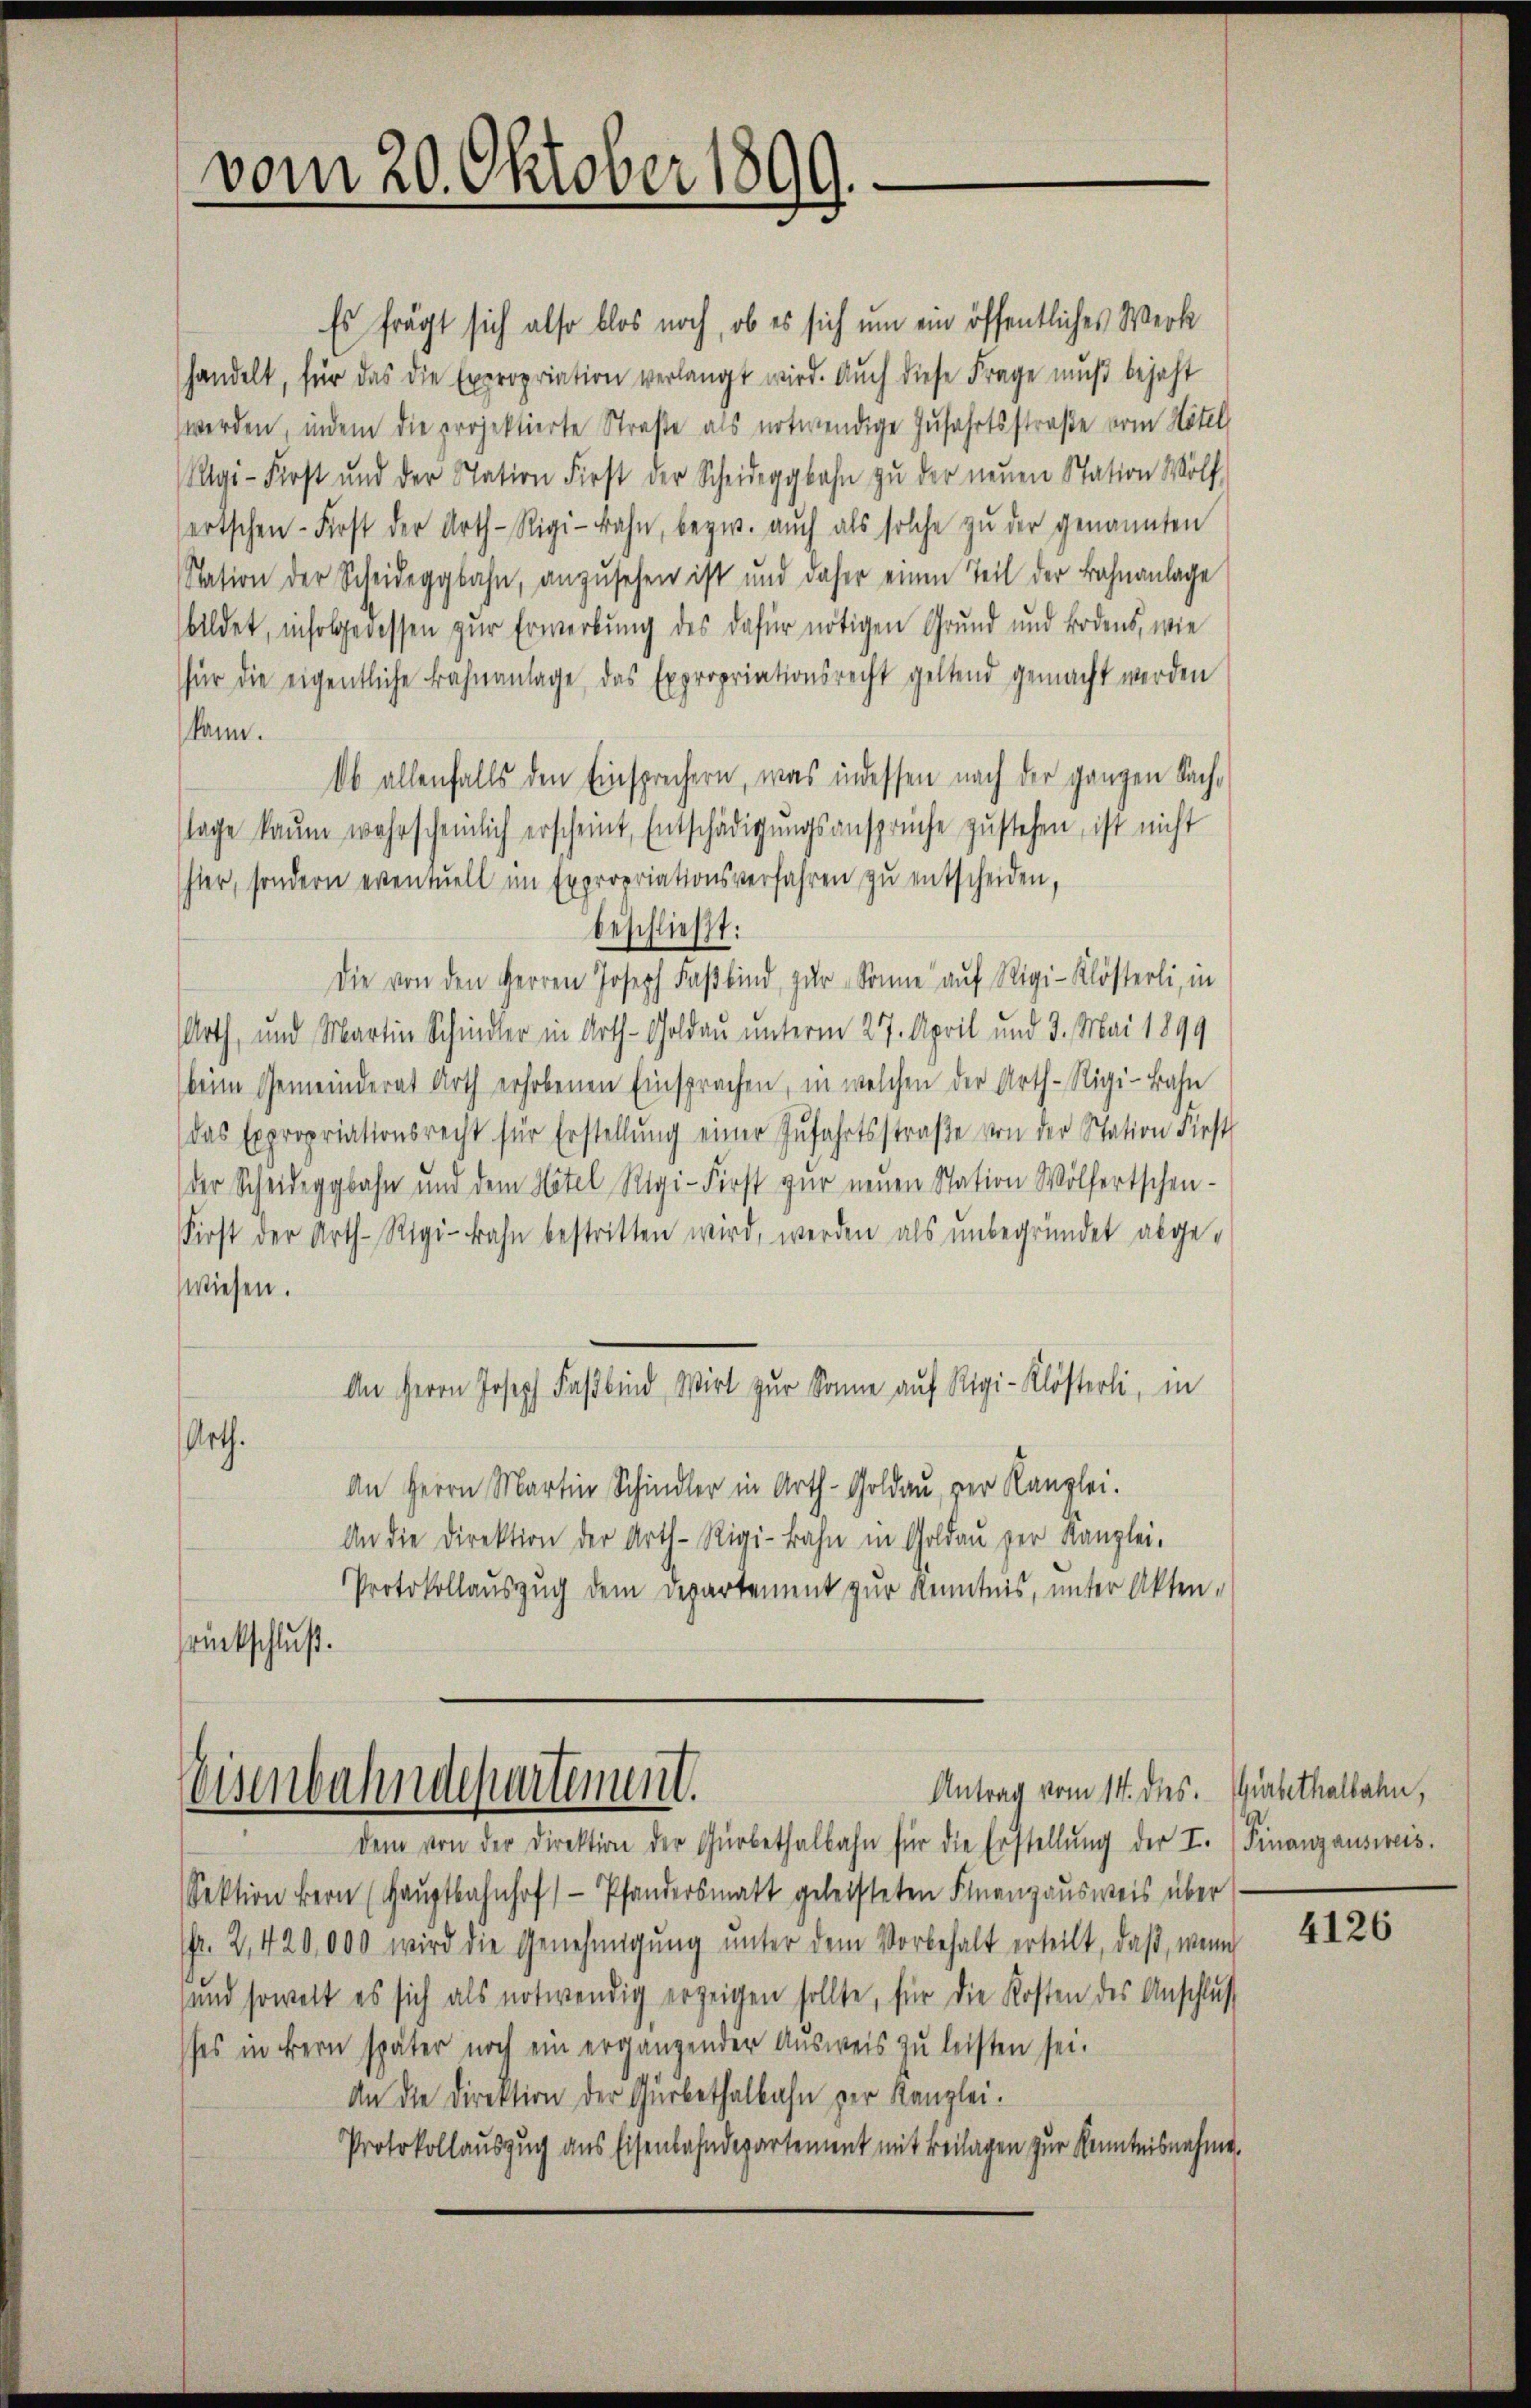
vom 20. Oktober 1899.

Es frägt sich also blos noch, ob es sich um ein öffentliches Werk
handelt, für das die Expropriation verlangt wird. Auch diese Frage muß bejaht
werden, indem die projektierte Straße als notwendige Zufahrtsstraße vom Hotel,
gi-Forst und der Station First der Scheideggbahn zŭ der neŭen Station Wölf
ertschen First der Arth-Rigi-Bahn, bezw. aŭch als solche zŭ der genannten
Nation der Scheideggbahn, anzŭsehen ist und daher einen Teil der Bahnanlage
bildet, infolgeressen zur Erwerbung des dafür nötigen Grund und Bodens, wie
für die eigentliche Bahnanlage, das Expropriationsrecht geltend gemacht werden
kann.
Ob allenfalls den Einsprechern, was indessen nach der ganzen Sachtage kaum wahrscheinlich erscheint, Entschädigŭngsansprüche zŭstehen, ist nicht
hter, sondern eventuell im Expropriationsverfahren zŭ entscheiden,
beschließt:
Die von den Herren Joseph Faβbind, zŭr Sonne aŭf Rigi-Klösterli, in
Arth, und Martin Schindler in Arth-Goldau unterm 27. April und 3. Mai 1899
keim Gemeinderat Arth erhobenen Einsprachen, in welchen der Arth-Rigi-Bahn
das Expropriationsrecht für Erstellŭng einer Zŭfahrtsstraβe von der Station diest
der Scheideggbahn und dem Hotel Rigi-Fürst zŭr neŭen Station Wölfertschen-
First der Arth-Rigi-Bahn bestritten wird, werden als ŭnbegründet abge-
wiesen.
An Herrn Joseph Faβbind Wirt zŭr Sonne auf Rigi-Klösterli, in
Arth.
An Herrn Mart Schin in Arth-Goldau, per Kanzlei.
An die Direktion der Arth-Rigi-Bahn in Goldaŭ der Kanzlei-
Protokollauszug dem Departement zur Kenntnis, unter Akten-
srückschluß.

Antrag vom 14. des.
eisenbahndepartement.

dem von der Direktion der Gürbethalbahn für die Erstellŭng der I.
Sektion bern (Haŭptbahnhofs Pfandersmatt geleisteten Finanzausweis über
fr. 2, 420,000 wird die Genehmigŭng ŭnter dem Vorbehalt erteilt, daβ, wenn
und soweit es sich als notwendig erzeigen sollte, für die Kosten des Anschlus
ses in Bern später noch ein ergangender Ausweis zu leisten sei.
An die Direktion der Gürbethalbahn zur Kanzlei.
Protokollauszug aus Eisenbahndepartement mit Beilagen zur Kenntnisnahme,

Gürbethalbahn,
Finanzausweis.

4126